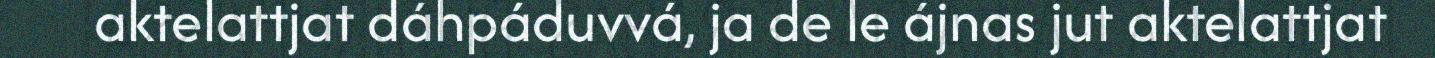
aktelattjat dáhpáduvvá, ja de le ájnas jut aktelattjat